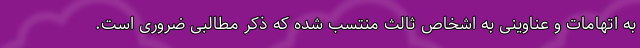
به اتهامات و عناوینی به اشخاص ثالث منتسب شده که ذکر مطالبی ضروری است.